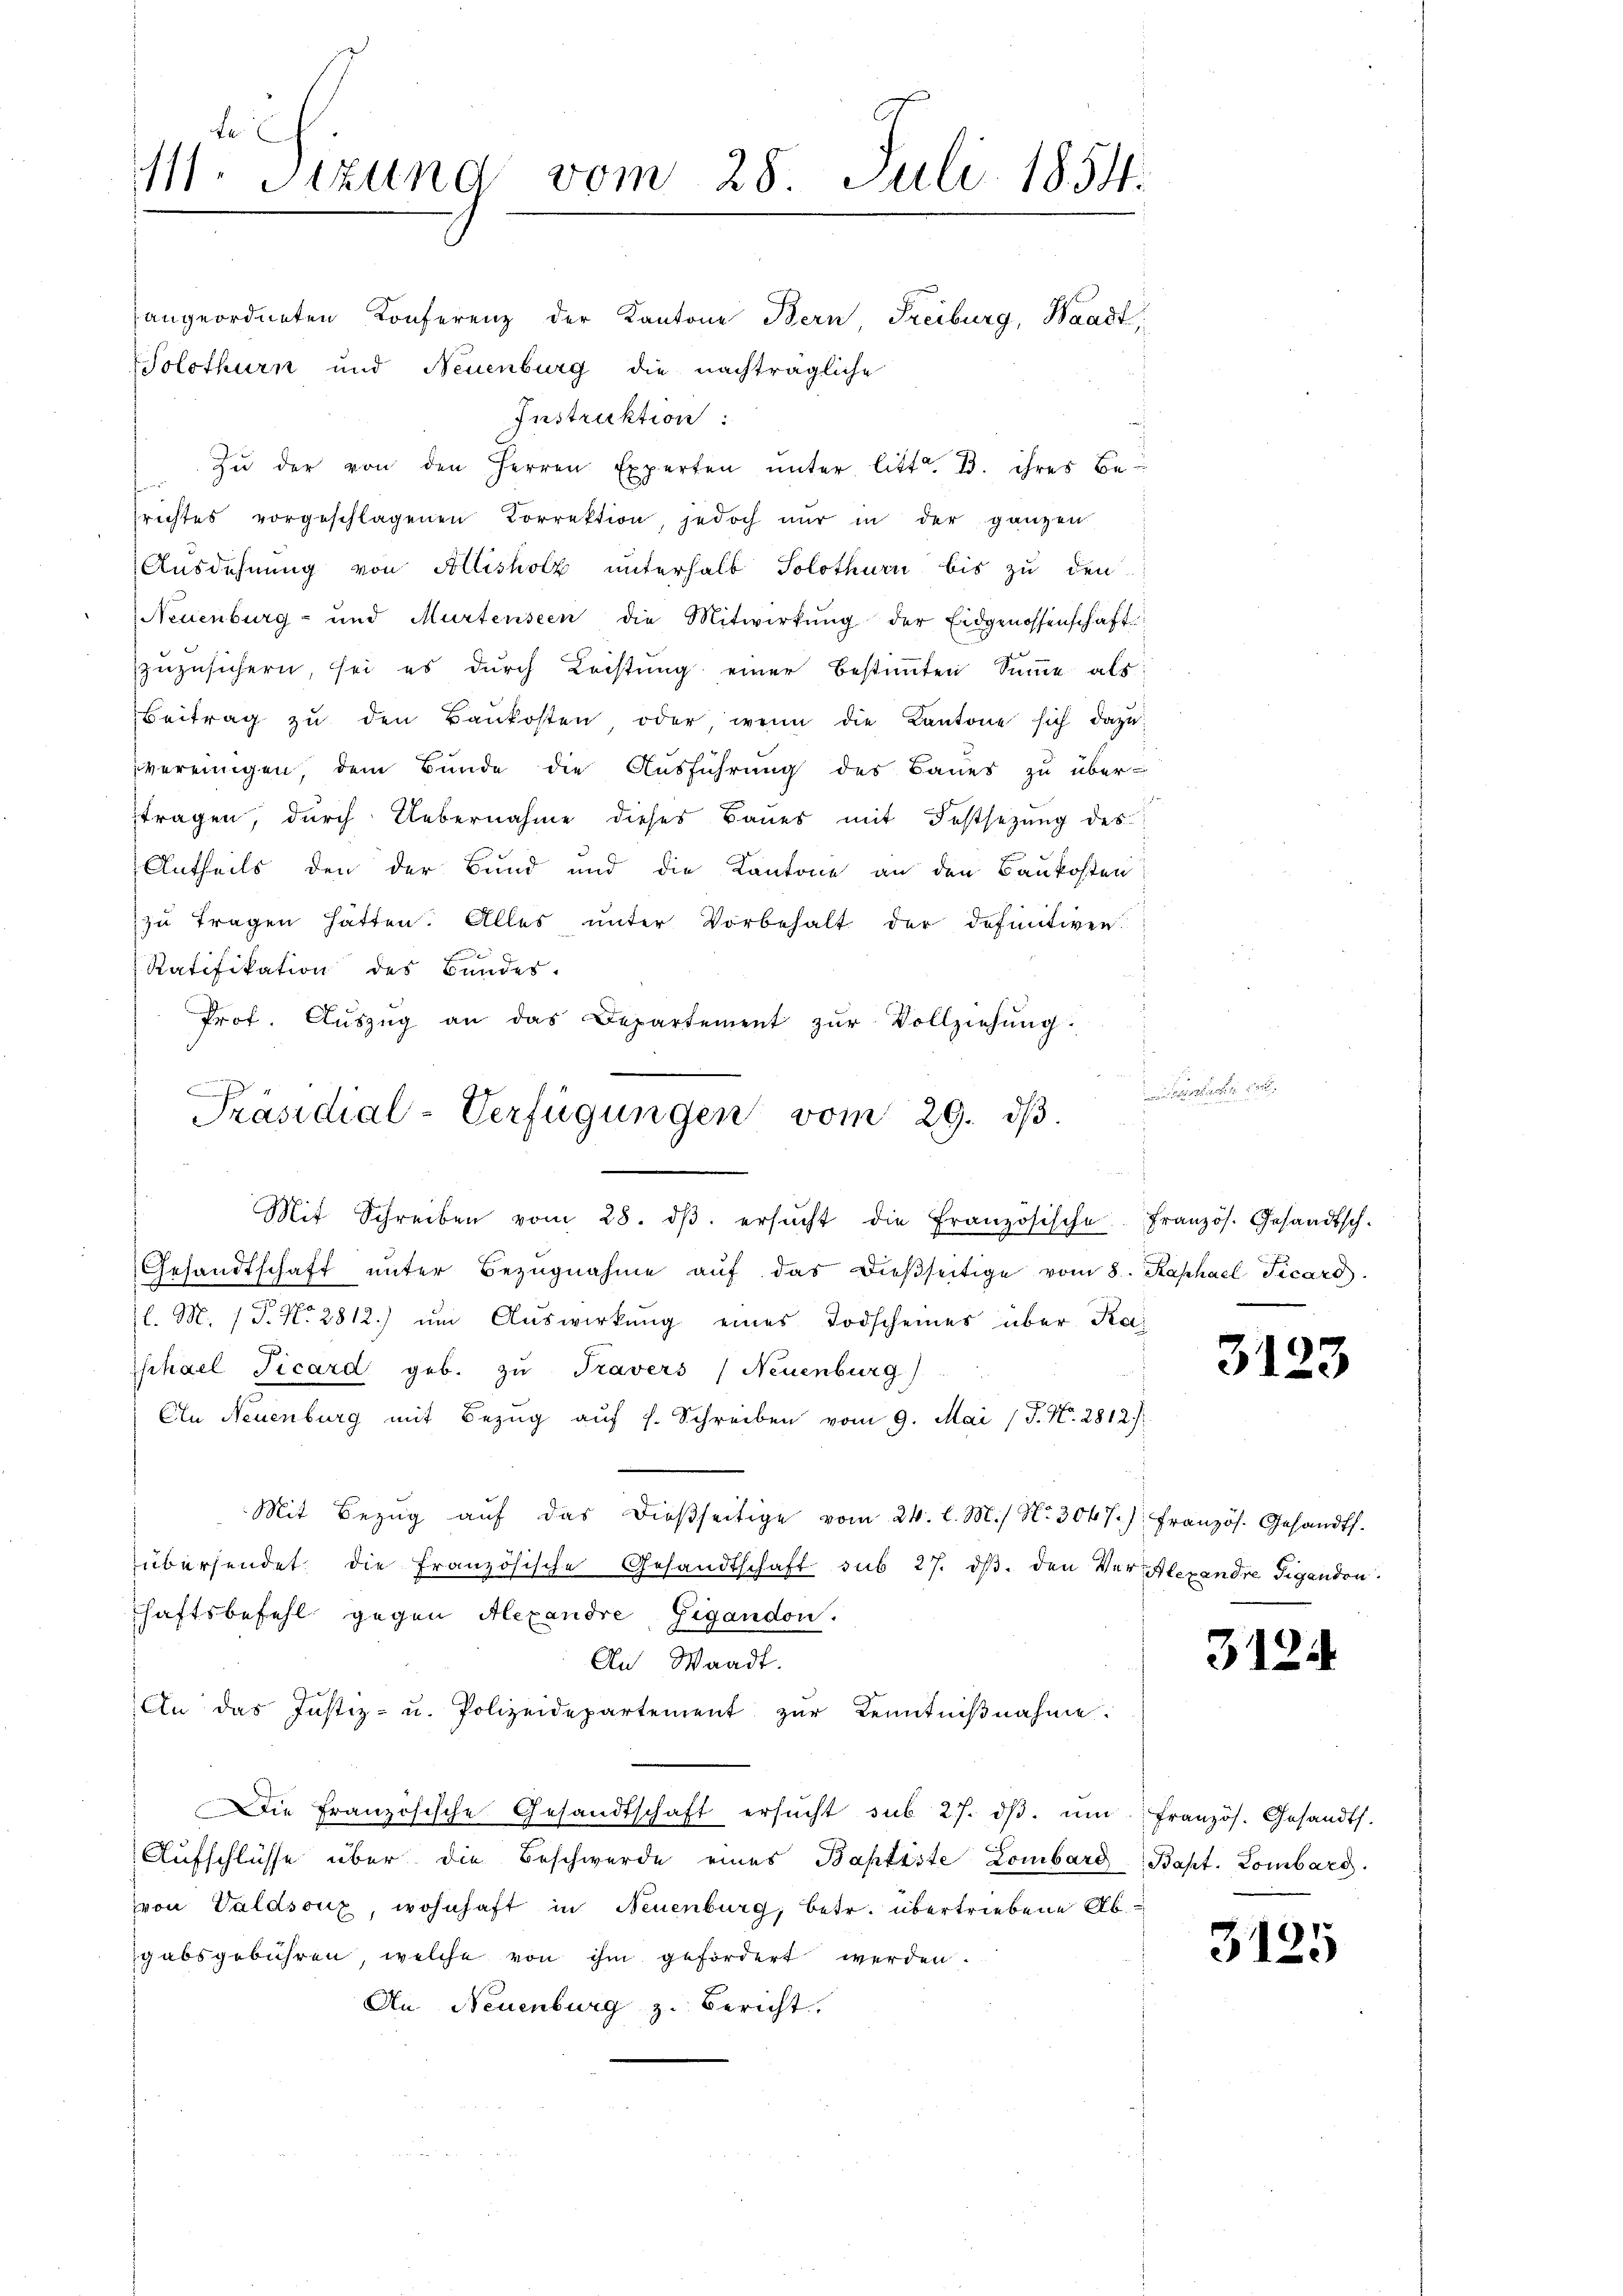
Le
M. Sitzung vom 28. Juli 1854.
angeordneten Konferenz der Kantone Bern Freiburg, Waadt,
Solothurn und Neuenburg die nachträgliche

Instruktion:
Zŭ der von den Herren Experten unter litt. B. ihres Berichtes vorgeschlagenen Correktion, jedoch nŭr in der ganzen
Ausdehnung von Allisholz unterhalb Solothurn bis zu den
Neuenburg- und Murtenseen die Mitwirkŭng der Eidgenossenschaft
zuzusichern, sei es durch Leistung einer bestimmten Summe als:
Beitrag zŭ den Baukosten oder wenn die Kantone sich dazu
vereinigen, dem Bunde die Ausführung des Baues zu über-
tragen, durch Uebernahme dieses Baues mit Festsezung des
Antheils den der Bund und die Kantone an den Baukosten
zu tragen hätten. Alles unter Vorbehalt der definitiven
Ratifikation des Bundes.
Prof. Aŭszŭg an das Departement zŭr Vollziehŭng.
e

Präsidial-Verfügungen vom 29. dβ.
Mit Schreiben vom 28. dβ. ersŭcht die Französische Französ. Gesandtsch-

Gesandtschaft ŭnter Bezŭgnahme aŭf das dießseitige vom 8. Kaphael Picard.
l. M. (T. No 2812.) um Auswirkung eines Todscheines über Kai
schael Ficard geb. zu Travers (Neuenburg)
An Neuenburg mit Bezŭg aŭf s. Schreiben vom 9. Mai (T. N. 2812.
Mit Bezŭg aŭf das dießseitige vom 24. d. M. N. 3047) französ. Gesandts.
übersendet die französische Gesandtschaft sub 27. dβ. den Verlexandre Gigandon.
shaftsbefehl gegen Alexandre Gigandon.
An Waadt.
An das Justiz- u. Polizeidepartement zur Kenntniβnahme.
Die Französische Gesandtschaft ersŭcht sub 27. dβ. ŭm französ. Gesandts.
Aŭfschlüsse über die Beschwerde eines Baptiste Lombard Bapt. Lombard.
von Valdsoux, wohnhaft in Neuenburg, betr. übertriebene Abgabsgebühren, welche von ihm gefördert werden.
An Neuenburg z. Bericht.

.

e

3123

3124

3125